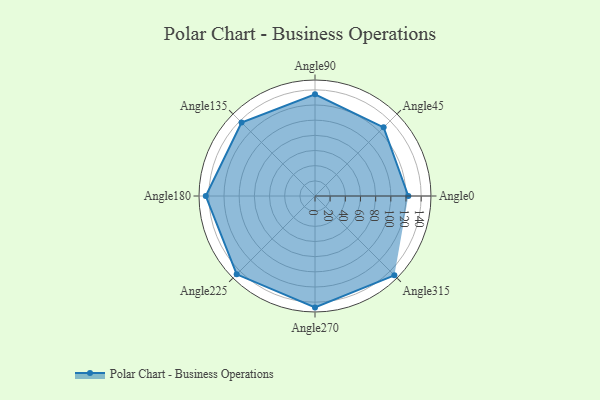
{"axis": {"x": "Angle", "y": "Radius"}, "legend": [""], "data": [{"x": "Angle0", "y": 123.0, "type": ""}, {"x": "Angle45", "y": 128.0, "type": ""}, {"x": "Angle90", "y": 134.0, "type": ""}, {"x": "Angle135", "y": 137.0, "type": ""}, {"x": "Angle180", "y": 144.0, "type": ""}, {"x": "Angle225", "y": 146.0, "type": ""}, {"x": "Angle270", "y": 147.0, "type": ""}, {"x": "Angle315", "y": 148.0, "type": ""}]}